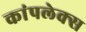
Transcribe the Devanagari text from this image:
कांपलेक्स